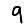
Digit: 9